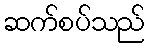
ဆက်စပ်သည်